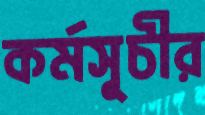
কর্মসূচীর